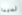
لدينا